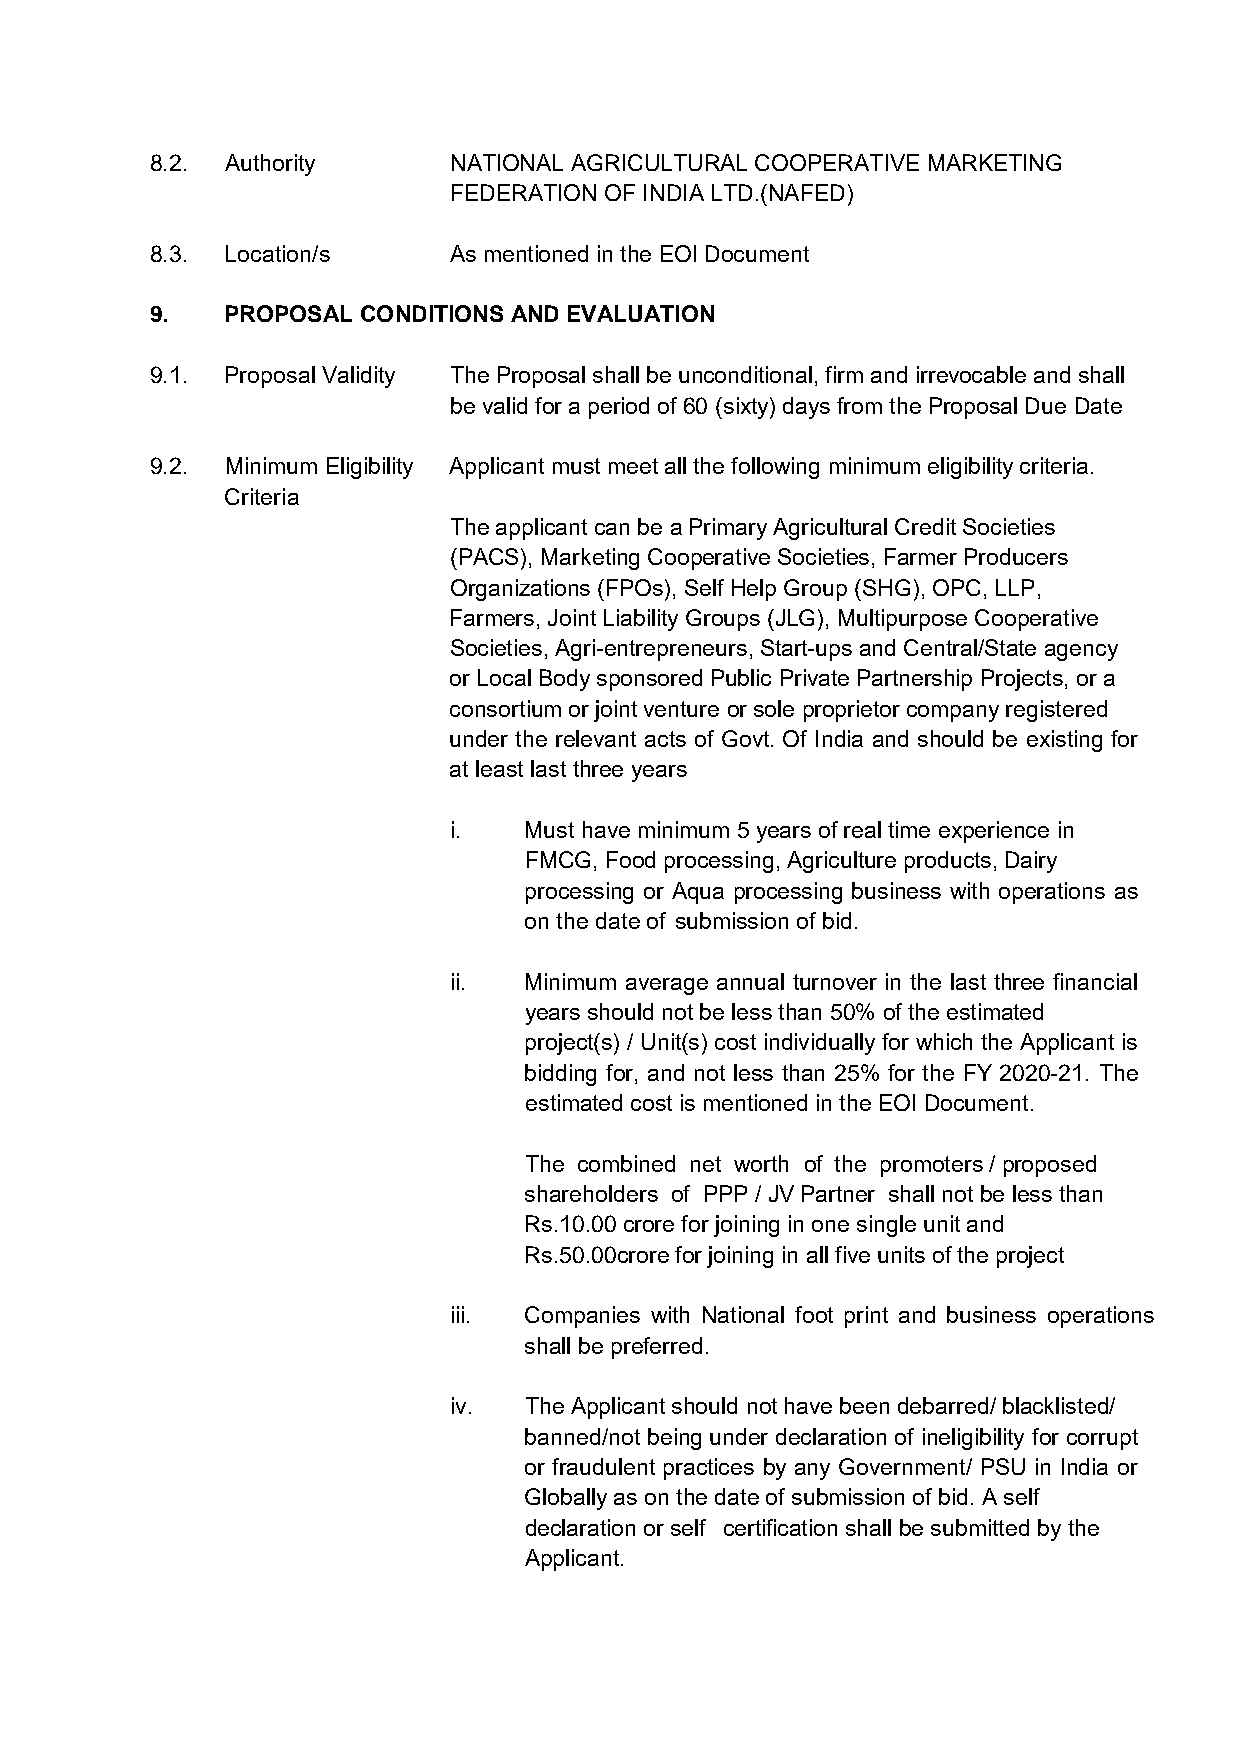
8.2. Authority      NATIONAL AGRICULTURAL COOPERATIVE MARKETING
 FEDERATION OF INDIA LTD.(NAFED)
 8.3. Location/s     As mentioned in the EOI Document
 9.   PROPOSAL CONDITIONS AND EVALUATION
 9.1. Proposal Validity The Proposal shall be unconditional, firm and irrevocable and shall
 be valid for a period of 60 (sixty) days from the Proposal Due Date
 9.2. Minimum Eligibility Applicant must meet all the following minimum eligibility criteria.
 Criteria
 The applicant can be a Primary Agricultural Credit Societies
 (PACS), Marketing Cooperative Societies, Farmer Producers
 Organizations (FPOs), Self Help Group (SHG), OPC, LLP,
 Farmers, Joint Liability Groups (JLG), Multipurpose Cooperative
 Societies, Agri-entrepreneurs, Start-ups and Central/State agency
 or Local Body sponsored Public Private Partnership Projects, or a
 consortium or joint venture or sole proprietor company registered
 under the relevant acts of Govt. Of India and should be existing for
 at least last three years
 i.   Must have minimum 5 years of real time experience in
 FMCG, Food processing, Agriculture products, Dairy
 processing or Aqua processing business with operations as
 on the date of submission of bid.
 ii.  Minimum average annual turnover in the last three financial
 years should not be less than 50% of the estimated
 project(s) / Unit(s) cost individually for which the Applicant is
 bidding for, and not less than 25% for the FY 2020-21. The
 estimated cost is mentioned in the EOI Document.
 The combined net worth of the promoters / proposed
 shareholders of PPP / JV Partner shall not be less than
 Rs.10.00 crore for joining in one single unit and
 Rs.50.00crore for joining in all five units of the project
 iii. Companies with National foot print and business operations
 shall be preferred.
 iv.  The Applicant should not have been debarred/ blacklisted/
 banned/not being under declaration of ineligibility for corrupt
 or fraudulent practices by any Government/ PSU in India or
 Globally as on the date of submission of bid. A self
 declaration or self certification shall be submitted by the
 Applicant.